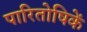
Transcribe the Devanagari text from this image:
पारितोषिकें